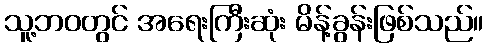
သူ့ဘဝတွင် အရေးကြီးဆုံး မိန့်ခွန်းဖြစ်သည်။